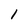
Character: 1